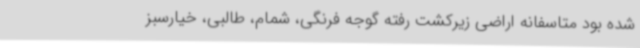
شده بود متاسفانه اراضی زیرکشت رفته گوجه فرنگی، شمام، طالبی، خیارسبز